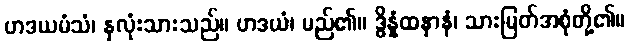
ဟဒယမံသံ၊ နှလုံးသားသည်။ ဟဒယံ၊ မည်၏။ ဒွိန္နံထနာနံ၊ သားမြတ်အစုံတို့၏။